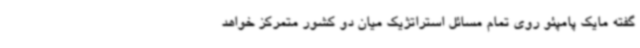
گفته مایک پامپئو روی تمام مسائل استراتژیک میان دو کشور متمرکز خواهد